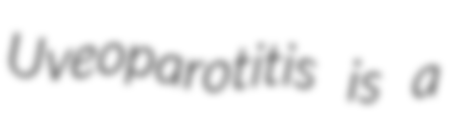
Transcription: Uveoparotitis is a